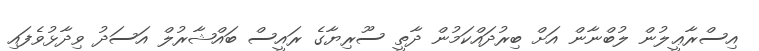
އިސްރާޢީލުން ލުބްނާން އަށް ބިރުދައްކަމުން ދާތީ ސޫރިޔާގެ ރައީސް ބައްޝާރުލް އަސަދު ވިދާޅުވެފައި